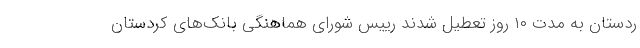
ردستان به مدت ۱۰ روز تعطیل ‌شدند رییس شورای هماهنگی بانک‌های کردستان